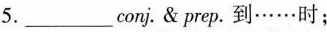
5.______conj.prep.到……时；